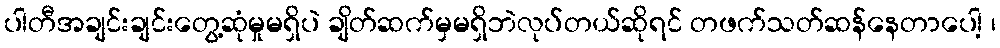
ပါတီအချင်းချင်းတွေ့ဆုံမှုမရှိပဲ ချိတ်ဆက်မှမရှိဘဲလုပ်တယ်ဆိုရင် တဖက်သတ်ဆန်နေတာပေါ့ ၊